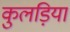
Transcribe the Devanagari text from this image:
कुलड़िया